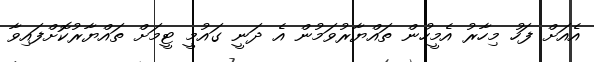
އެއަށް ފަހު މިހާރު އެމީހުން ތައްޔާރުވަމުން އެ ދަނީ ގައުމީ ޓީމަށް ތައްޔާރުކޮށްފައިވާ